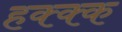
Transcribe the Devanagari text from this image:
हक्क्क